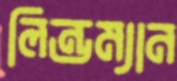
লিন্ডম্যান